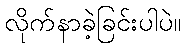
လိုက်နာခဲ့ခြင်းပါပဲ။